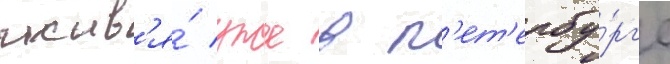
жив'я́ уже в п'ет'ербу́рг'е